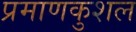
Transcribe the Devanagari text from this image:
प्रमाणकुशल